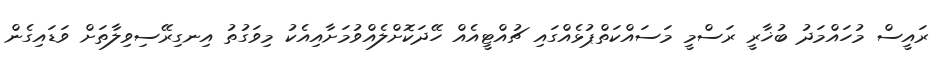
ރައީސް މުހައްމަދު ބުޚާރީ ރަސްމީ މަސައްކަތްޕުޅެއްގައި ޗުއްޓީއެއް ހޭދަކޮށްލެއްވުމަށާއިއެކު މިވަގުތު އިނގިރޭސިވިލާތަށް ވަޑައިގެން